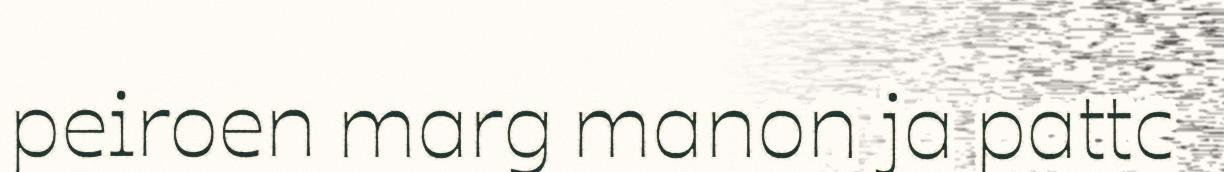
peiroen marg manon ja pattc